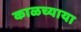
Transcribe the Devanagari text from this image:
काळच्याया